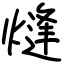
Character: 熢